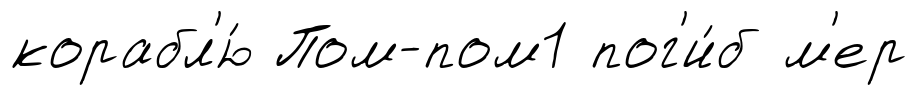
корабл'ю́ Пом-пом1 пог'и́б м'ер